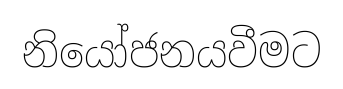
නියෝජනයවීමට